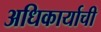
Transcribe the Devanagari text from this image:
अधिकार्याची